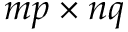
m p \times n q